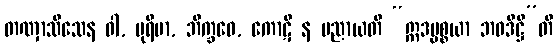
တဏှာသီသေန ဝါ, ပုရိမာ, ဘိက္ခဝေ, ကောဋိ န ပညာယတိ “ဣဒပ္ပစ္စယာ ဘဝဒိဋ္ဌီ”တိ